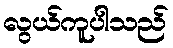
လွယ်ကူပါသည်